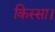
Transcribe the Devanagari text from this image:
किस्सा।